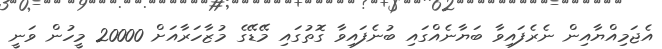
އެޖަމިއްޔާއިން ނެރެފައިވާ ބަޔާނެއްގައި ބުނެފައިވާ ގޮތުގައި މޭޑޭގެ މުޒާހަރާއަށް 20000 މީހުން ވަނީ